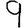
Digit: 9